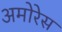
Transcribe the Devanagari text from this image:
अमोरेस